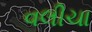
વલીચા